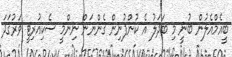
ބީއެމްއެލުން ބުނީ މި ބަދަލު އެ ކުންފުނިން ގެންނަން ނިންމީ ސެކިއުރިޓީ ވަރުގަދަ